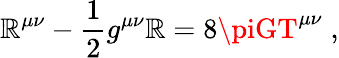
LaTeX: \mathbb{R}^{\mu\nu}-\frac{{1}}{{2}}g^{\mu\nu}\mathbb{R}=8\piGT^{\mu\nu}\; ,